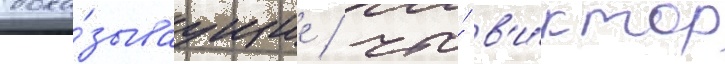
дока́зываущие / что́ в'и́ктор